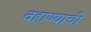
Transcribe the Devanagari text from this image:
वहाण्याची